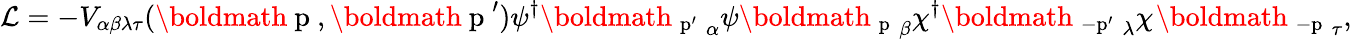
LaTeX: {\cal{L}}=-V_{\alpha\beta\lambda\tau}(\mathrm{\boldmath~p~},\mathrm{\boldmath~p~}^{\prime}){\psi^{\dagger}{\mathrm{\boldmath~_{p^{\prime}}~}}}_{\alpha}\psi{\mathrm{\boldmath~_{p}~}_{\beta}}\chi^{\dagger}{\mathrm{\boldmath~_{-p^{\prime}}~}_{\lambda}}\chi^{}{\mathrm{\boldmath~_{-p}~}_{\tau}},